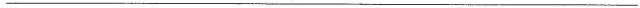
___